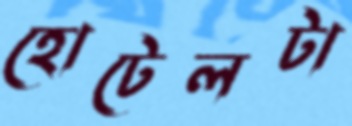
হোটেলটা